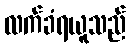
လက်ခံရယူသည်